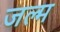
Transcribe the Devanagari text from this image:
जल्म